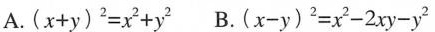
A.$$( x + y ) ^ { 2 } = x ^ { 2 } + y ^ { 2 }$$ B.$$( x - y ) ^ { 2 } = x ^ { 2 } - 2 x y - y ^ { 2 }$$